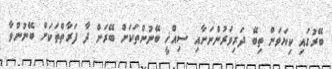
ބޭރުގައި ކިޔަވަން ތިބޭ ދަރިވަރުންނަށާއި ސިއްޚީ ބޭނުންތަކަށް ބޭރަށް ދާ ފަރާތްތަކަށް ބޭނުންވާ